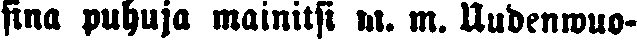
-sina puhuja mainitsi m. m. Uudenwuo-